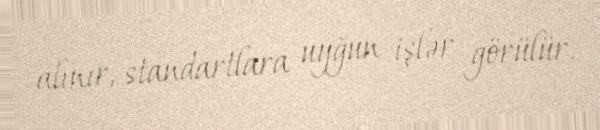
alınır, standartlara uyğun işlər görülür.